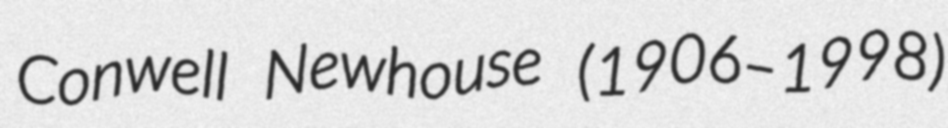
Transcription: Conwell Newhouse (1906–1998)